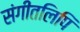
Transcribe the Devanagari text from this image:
संगीतलिपि